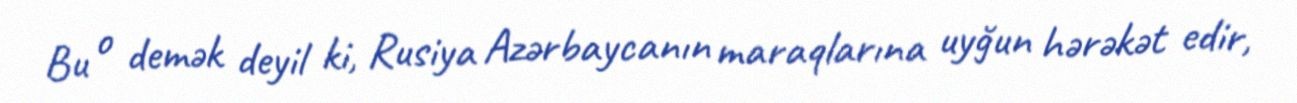
Bu o demək deyil ki, Rusiya Azərbaycanın maraqlarına uyğun hərəkət edir,